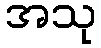
အသု